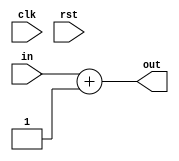
module add_1(
    input [3:0] in,
    output [3:0] out,
    input clk,
    input rst
    );
    assign out = in + 1;
endmodule